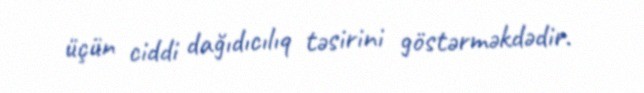
üçün ciddi dağıdıcılıq təsirini göstərməkdədir.